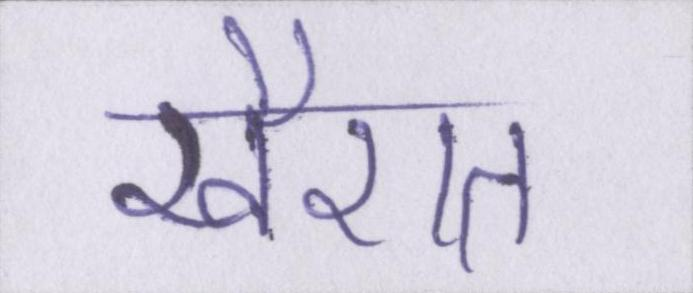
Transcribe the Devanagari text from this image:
खैरात